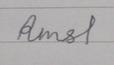
Signature authenticity: forged